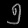
Digit: ၅